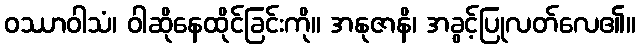
ဝဿာဝါသံ၊ ဝါဆိုနေထိုင်ခြင်းကို။ အနုဇာနိ၊ အခွင့်ပြုလတ်လေ၏။